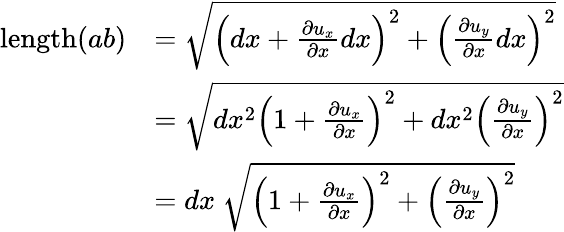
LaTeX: {\begin{array}{rl}{\mathrm{length}(ab)}&{={\sqrt{\left(dx+{\frac{\partial u_{x}}{\partial x}}dx\right)^{2}+\left({\frac{\partial u_{y}}{\partial x}}dx\right)^{2}}}}\\ &{={\sqrt{dx^{2}\left(1+{\frac{\partial u_{x}}{\partial x}}\right)^{2}+dx^{2}\left({\frac{\partial u_{y}}{\partial x}}\right)^{2}}}}\\ &{=dx~{\sqrt{\left(1+{\frac{\partial u_{x}}{\partial x}}\right)^{2}+\left({\frac{\partial u_{y}}{\partial x}}\right)^{2}}}}\end{array}}